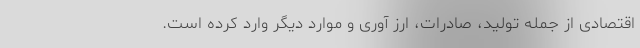
اقتصادی از جمله تولید، صادرات، ارز آوری و موارد دیگر وارد کرده است.